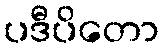
ပဒီပိတော